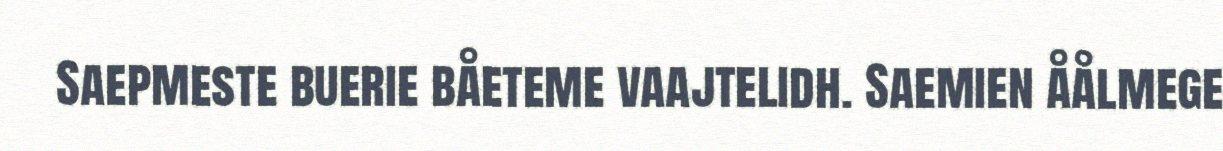
Saepmeste buerie båeteme vaajtelidh. Saemien åålmege